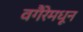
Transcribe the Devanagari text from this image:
वगैरेमधून